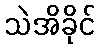
သဲအိခိုင်